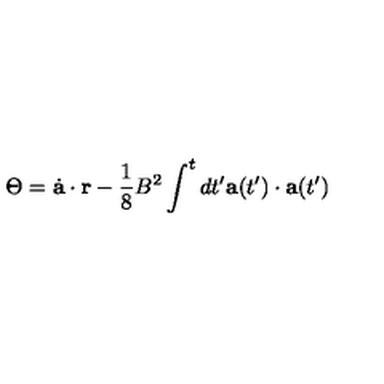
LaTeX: \Theta = \dot { \bf a } \cdot { \bf r } - { \frac { 1 } { 8 } } B ^ { 2 } \int ^ { t } d t ^ { \prime } { \bf a } ( t ^ { \prime } ) \cdot { \bf a } ( t ^ { \prime } )